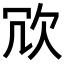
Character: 𭭆